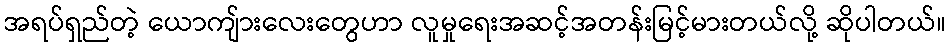
အရပ်ရှည်တဲ့ ယောကျ်ားလေးတွေဟာ လူမှုရေးအဆင့်အတန်းမြင့်မားတယ်လို့ ဆိုပါတယ်။